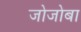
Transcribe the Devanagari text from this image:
जोजोबा